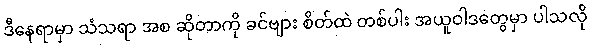
ဒီနေရာမှာ သံသရာ အစ ဆိုတာကို ခင်ဗျား စိတ်ထဲ တစ်ပါး အယူဝါဒတွေမှာ ပါသလို